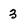
Character: 3